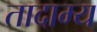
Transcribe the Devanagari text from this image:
तादाम्य